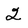
Character: 2